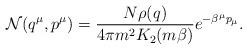
LaTeX: \begin{align*}{\cal N}(q^{\mu},p^{\mu})={ {N\rho (q)}\over {4\pi m^2K_2(m\beta )} }e^{-\beta^{\mu}p_{\mu}}.\end{align*}